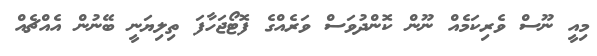
މިއީ ނޫސް ވެރިކަމެއް ނޫން ކޮންދުވަސް ވަރެއްގެ ފޮޓޯޖަހާފަ ތިލިޔަނީ ބޭނުން އެއްޗެއް